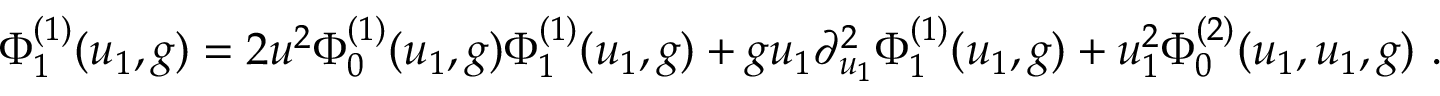
\Phi _ { 1 } ^ { ( 1 ) } ( u _ { 1 } , g ) = 2 u ^ { 2 } \Phi _ { 0 } ^ { ( 1 ) } ( u _ { 1 } , g ) \Phi _ { 1 } ^ { ( 1 ) } ( u _ { 1 } , g ) + g u _ { 1 } \partial _ { u _ { 1 } } ^ { 2 } \Phi _ { 1 } ^ { ( 1 ) } ( u _ { 1 } , g ) + u _ { 1 } ^ { 2 } \Phi _ { 0 } ^ { ( 2 ) } ( u _ { 1 } , u _ { 1 } , g ) \ .